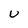
Character: U